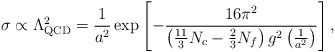
\begin{align*}\sigma\propto\Lambda_{\rm QCD}^2=\frac{1}{a^2}\exp\left[-\frac{16\pi^2}{\left(\frac{11}{3}N_c-\frac23N_f\right)g^2\left(\frac{1}{a^2}\right)}\right],\end{align*}